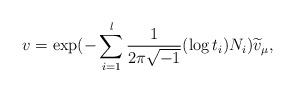
\begin{align*}v=\exp(-\sum_{i=1}^{l}\frac{1}{2\pi\sqrt{-1}}(\log t_i)N_i)\widetilde{v}_{\mu},\end{align*}